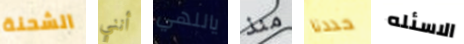
الشحنة أنني ياللهي منذ حددنا الاسئله